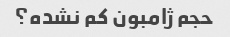
حجم ژامبون کم نشده؟